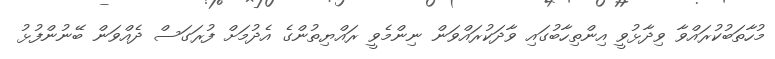
މުހާތަބުކުރައްވާ ވިދާޅުވީ އިންތިހާބުގައި ވާދަކުރައްވަން ނިންމެވީ ރައްޔިތުންގެ އެދުމަށް ފުރަގަސް ދެއްވަން ބޭނުންފުޅު